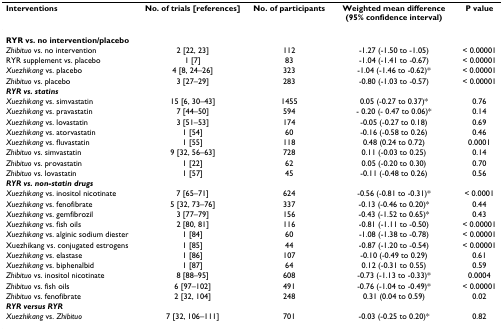
<table><thead><tr><td><b>Interventions</b></td><td><b>No. of trials [references]</b></td><td><b>No. of participants</b></td><td><b>Weighted mean difference (95% confidence interval)</b></td><td><b>P value</b></td></tr></thead><tbody><tr><td><b>RYR vs. no intervention/placebo</b></td><td></td><td></td><td></td><td></td></tr><tr><td><i>Zhibituo </i>vs. no intervention</td><td>2 [22, 23]</td><td>112</td><td>-1.27 (-1.50 to -1.05)</td><td>&lt; 0.00001</td></tr><tr><td>RYR supplement vs. placebo</td><td>1 [7]</td><td>83</td><td>-1.04 (-1.41 to -0.67)</td><td>&lt; 0.00001</td></tr><tr><td><i>Xuezhikang </i>vs. placebo</td><td>4 [8, 24–26]</td><td>323</td><td>-1.04 (-1.46 to -0.62)*</td><td>&lt; 0.00001</td></tr><tr><td><i>Zhibituo </i>vs. placebo</td><td>3 [27–29]</td><td>283</td><td>-0.80 (-1.03 to -0.57)</td><td>&lt; 0.00001</td></tr><tr><td><b><i>RYR vs. statins</i></b></td><td></td><td></td><td></td><td></td></tr><tr><td><i>Xuezhikang </i>vs. simvastatin</td><td>15 [6, 30–43]</td><td>1455</td><td>0.05 (-0.27 to 0.37)*</td><td>0.76</td></tr><tr><td><i>Xuezhikang </i>vs. pravastatin</td><td>7 [44–50]</td><td>594</td><td>- 0.20 (- 0.47 to 0.06)*</td><td>0.14</td></tr><tr><td><i>Xuezhikang </i>vs. lovastatin</td><td>3 [51–53]</td><td>174</td><td>-0.05 (-0.27 to 0.18)</td><td>0.69</td></tr><tr><td><i>Xuezhikang </i>vs. atorvastatin</td><td>1 [54]</td><td>60</td><td>-0.16 (-0.58 to 0.26)</td><td>0.46</td></tr><tr><td><i>Xuezhikang </i>vs. fluvastatin</td><td>1 [55]</td><td>118</td><td>0.48 (0.24 to 0.72)</td><td>0.0001</td></tr><tr><td><i>Zhibituo </i>vs. simvastatin</td><td>9 [32, 56–63]</td><td>728</td><td>0.11 (-0.03 to 0.25)</td><td>0.14</td></tr><tr><td><i>Zhibituo </i>vs. provastatin</td><td>1 [22]</td><td>62</td><td>0.05 (-0.20 to 0.30)</td><td>0.70</td></tr><tr><td><i>Zhibituo </i>vs. lovastatin</td><td>1 [57]</td><td>45</td><td>-0.11 (-0.48 to 0.26)</td><td>0.56</td></tr><tr><td><b><i>RYR vs. non-statin drugs</i></b></td><td></td><td></td><td></td><td></td></tr><tr><td><i>Xuezhikang </i>vs. inositol nicotinate</td><td>7 [65–71]</td><td>624</td><td>-0.56 (-0.81 to -0.31)*</td><td>&lt; 0.0001</td></tr><tr><td><i>Xuezhikang </i>vs. fenofibrate</td><td>5 [32, 73–76]</td><td>337</td><td>-0.13 (-0.46 to 0.20)*</td><td>0.44</td></tr><tr><td><i>Xuezhikang </i>vs. gemfibrozil</td><td>3 [77–79]</td><td>156</td><td>-0.43 (-1.52 to 0.65)*</td><td>0.43</td></tr><tr><td><i>Xuezhikang </i>vs. fish oils</td><td>2 [80, 81]</td><td>116</td><td>-0.81 (-1.11 to -0.50)</td><td>&lt; 0.00001</td></tr><tr><td><i>Xuezhikang </i>vs. alginic sodium diester</td><td>1 [84]</td><td>60</td><td>-1.08 (-1.38 to -0.78)</td><td>&lt; 0.00001</td></tr><tr><td>Xuezhikang vs. conjugated estrogens</td><td>1 [85]</td><td>44</td><td>-0.87 (-1.20 to -0.54)</td><td>&lt; 0.00001</td></tr><tr><td><i>Xuezhikang </i>vs. elastase</td><td>1 [86]</td><td>107</td><td>-0.10 (-0.49 to 0.29)</td><td>0.61</td></tr><tr><td><i>Xuezhikang </i>vs. biphenalbid</td><td>1 [87]</td><td>64</td><td>0.12 (-0.31 to 0.55)</td><td>0.59</td></tr><tr><td><i>Zhibituo </i>vs. inositol nicotinate</td><td>8 [88–95]</td><td>608</td><td>-0.73 (-1.13 to -0.33)*</td><td>0.0004</td></tr><tr><td><i>Zhibituo </i>vs. fish oils</td><td>6 [97–102]</td><td>491</td><td>-0.76 (-1.04 to -0.49)*</td><td>&lt; 0.00001</td></tr><tr><td><i>Zhibituo </i>vs. fenofibrate</td><td>2 [32, 104]</td><td>248</td><td>0.31 (0.04 to 0.59)</td><td>0.02</td></tr><tr><td><b><i>RYR versus RYR</i></b></td><td></td><td></td><td></td><td></td></tr><tr><td><i>Xuezhikang </i>vs. <i>Zhibituo</i></td><td>7 [32, 106–111]</td><td>701</td><td>-0.03 (-0.25 to 0.20)*</td><td>0.82</td></tr></tbody></table>